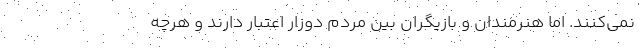
نمی‌کنند. اما هنرمندان و بازیگران بین مردم دوزار اعتبار دارند و هرچه